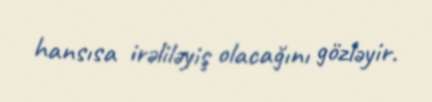
hansısa irəliləyiş olacağını gözləyir.